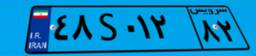
۴۸S۰۱۲۸۲